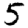
Digit: 5